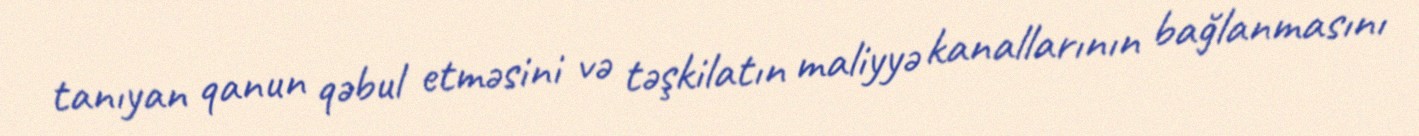
tanıyan qanun qəbul etməsini və təşkilatın maliyyə kanallarının bağlanmasını